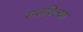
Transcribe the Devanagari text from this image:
सजविल्या